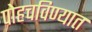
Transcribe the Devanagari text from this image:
पोहचविण्यात